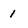
Character: 1